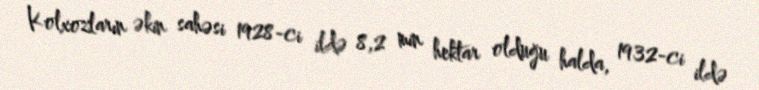
Kolxozların əkin sahəsi 1928-ci ildə 8,2 min hektar olduğu halda, 1932-ci ildə